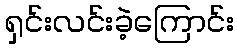
ရှင်းလင်းခဲ့ကြောင်း